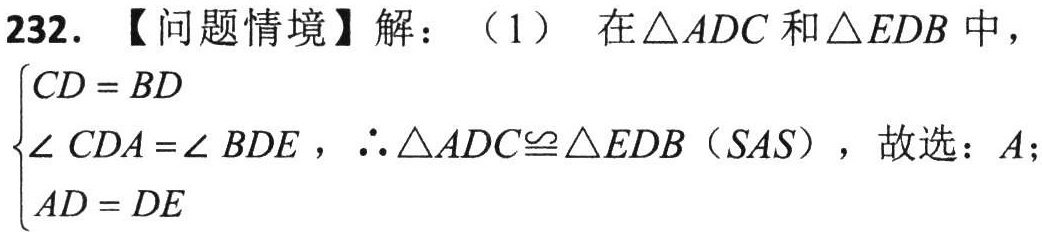
232. 【问题情境】解：（1）在\(\triangle ADC\)和\(\triangle EDB\)中，

\(\begin{cases}

CD = BD \\

\angle CDA=\angle BDE \\

AD = DE

\end{cases}\)，\(\therefore\triangle ADC\cong\triangle EDB\)（\(SAS\)），故选：\(A\)；